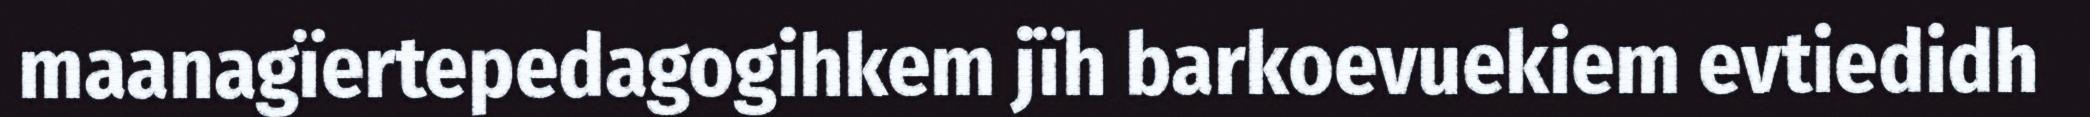
maanagïertepedagogihkem jïh barkoevuekiem evtiedidh